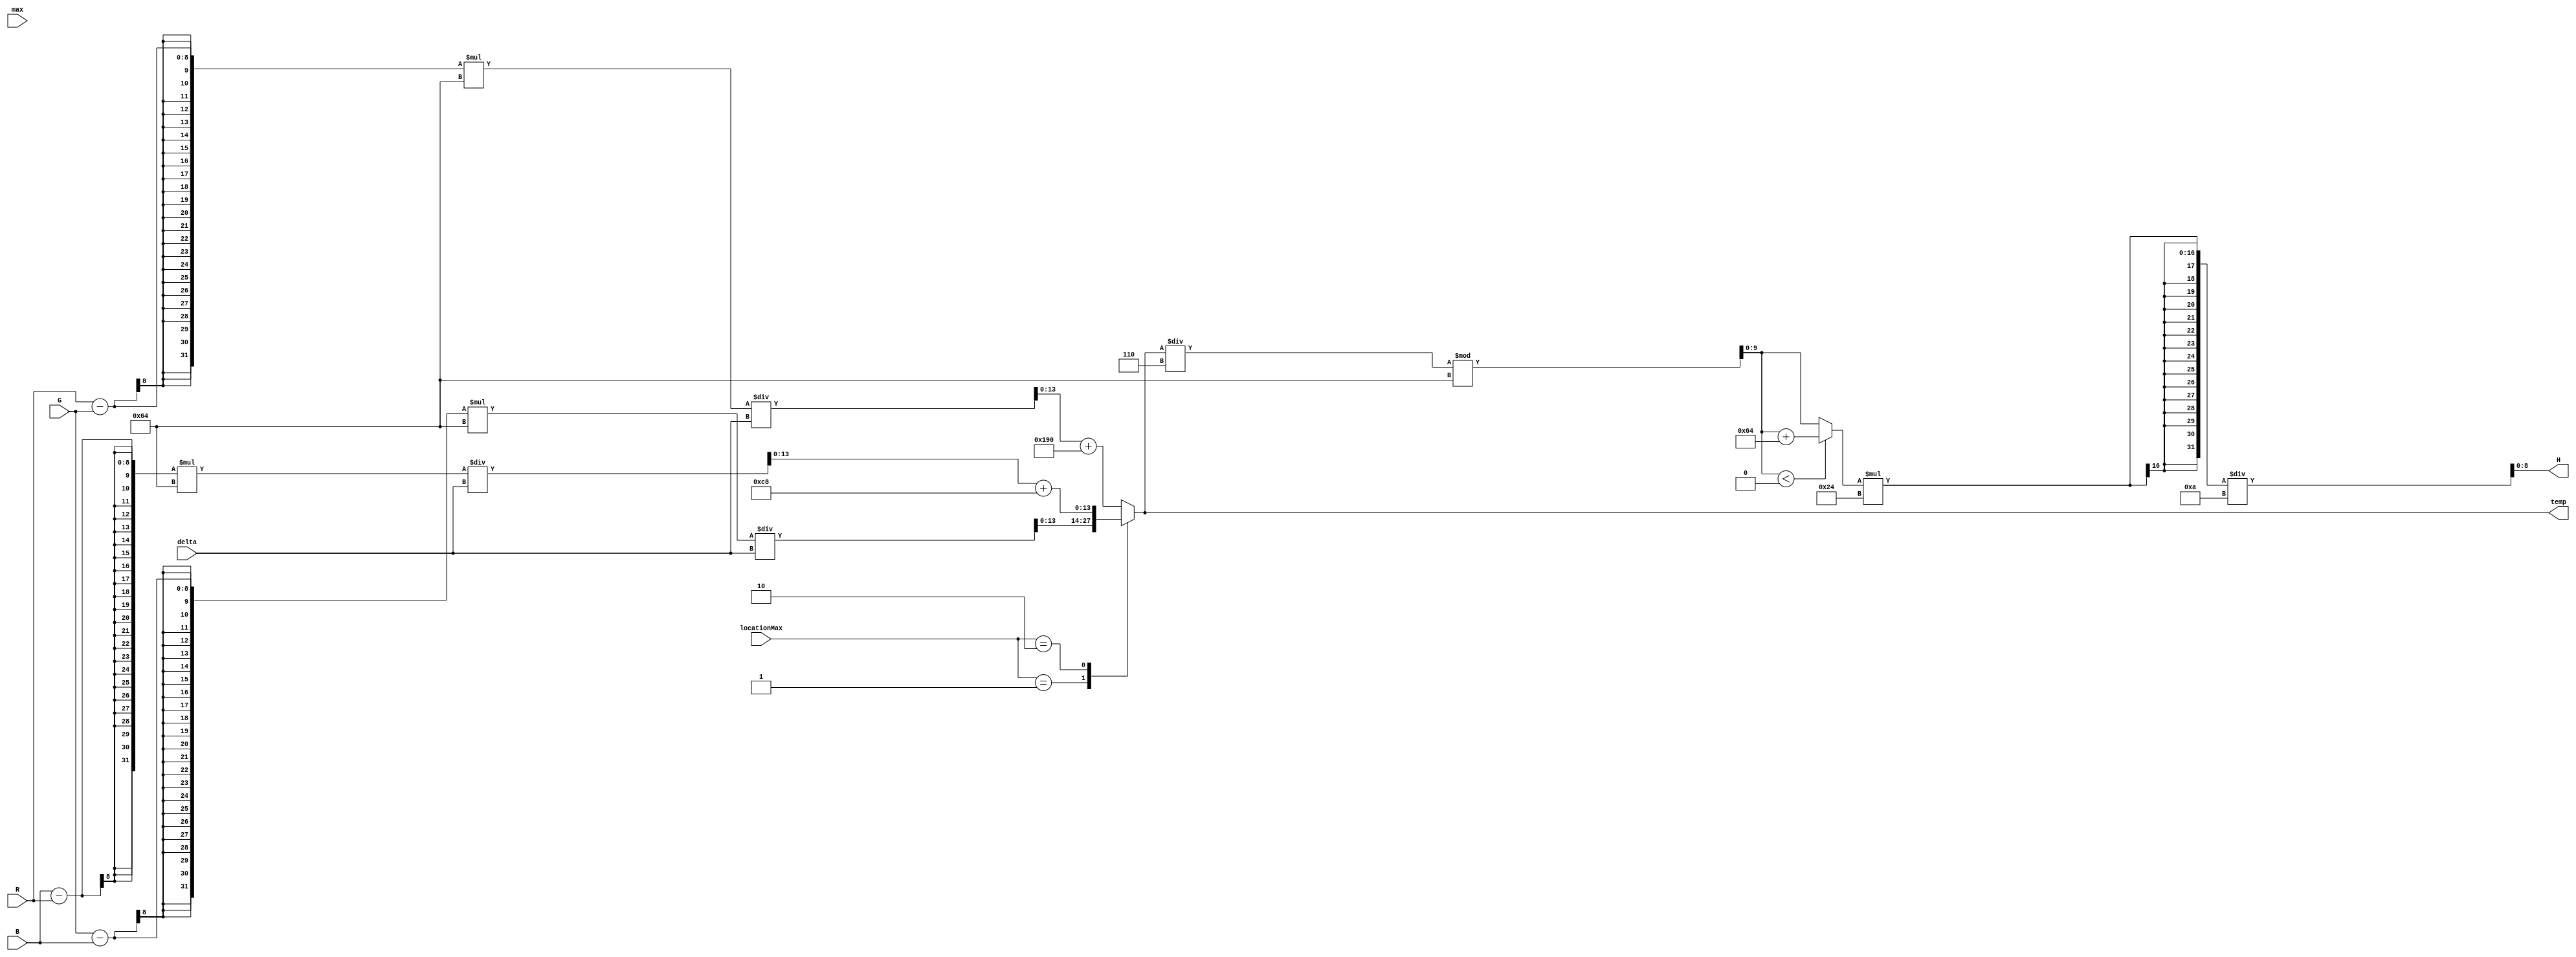
module valueH( H, R, G, B, delta, max, locationMax, temp);
	
	input [1:0] locationMax;
	input [7:0] R, G, B, delta, max;
	
	output [8:0] H;
	
	output reg [13:0] temp;
	
	wire signed [9:0] tempH1, tempH2;
	
	always @(*) begin
		case (locationMax)
			2'b01: begin
				temp = (G-B)*100/delta;
			end
			2'b10: begin
			temp = (B-R)*100/delta+200;
			end
			default: begin
			temp = (R-G)*100/delta+400;
			end
		endcase
	end
	
	assign tempH1 = (temp/6)%100;
	assign tempH2 = (tempH1<0)?tempH1+100:tempH1;
	assign 		H = (tempH2*36/10);
	
endmodule